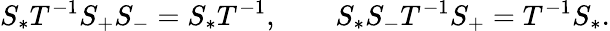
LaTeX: S_{*}T^{-1}S_{+}S_{-}=S_{*}T^{-1},\qquad S_{*}S_{-}T^{-1}S_{+}=T^{-1}S_{*}.